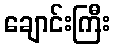
ချောင်းကြီး